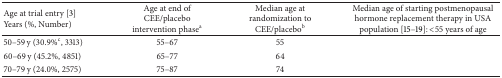
<table><thead><tr><td><b>Age at trial entry [3] Years (%, Number)</b></td><td><b>Age at end of CEE/placebo intervention phase<sup>a</sup></b></td><td><b>Median age at randomization to CEE/placebo<sup>b</sup></b></td><td><b>Median age of starting postmenopausal hormone replacement therapy in USA population [15–19]: &lt;55 years of age</b></td></tr></thead><tbody><tr><td>50–59 y (30.9%<sup>c</sup>, 3313)</td><td>55–67</td><td>55</td><td> </td></tr><tr><td>60–69 y (45.2%, 4851)</td><td>65–77</td><td>64</td><td> </td></tr><tr><td>70–79 y (24.0%, 2575)</td><td>75–87</td><td>74</td><td> </td></tr></tbody></table>